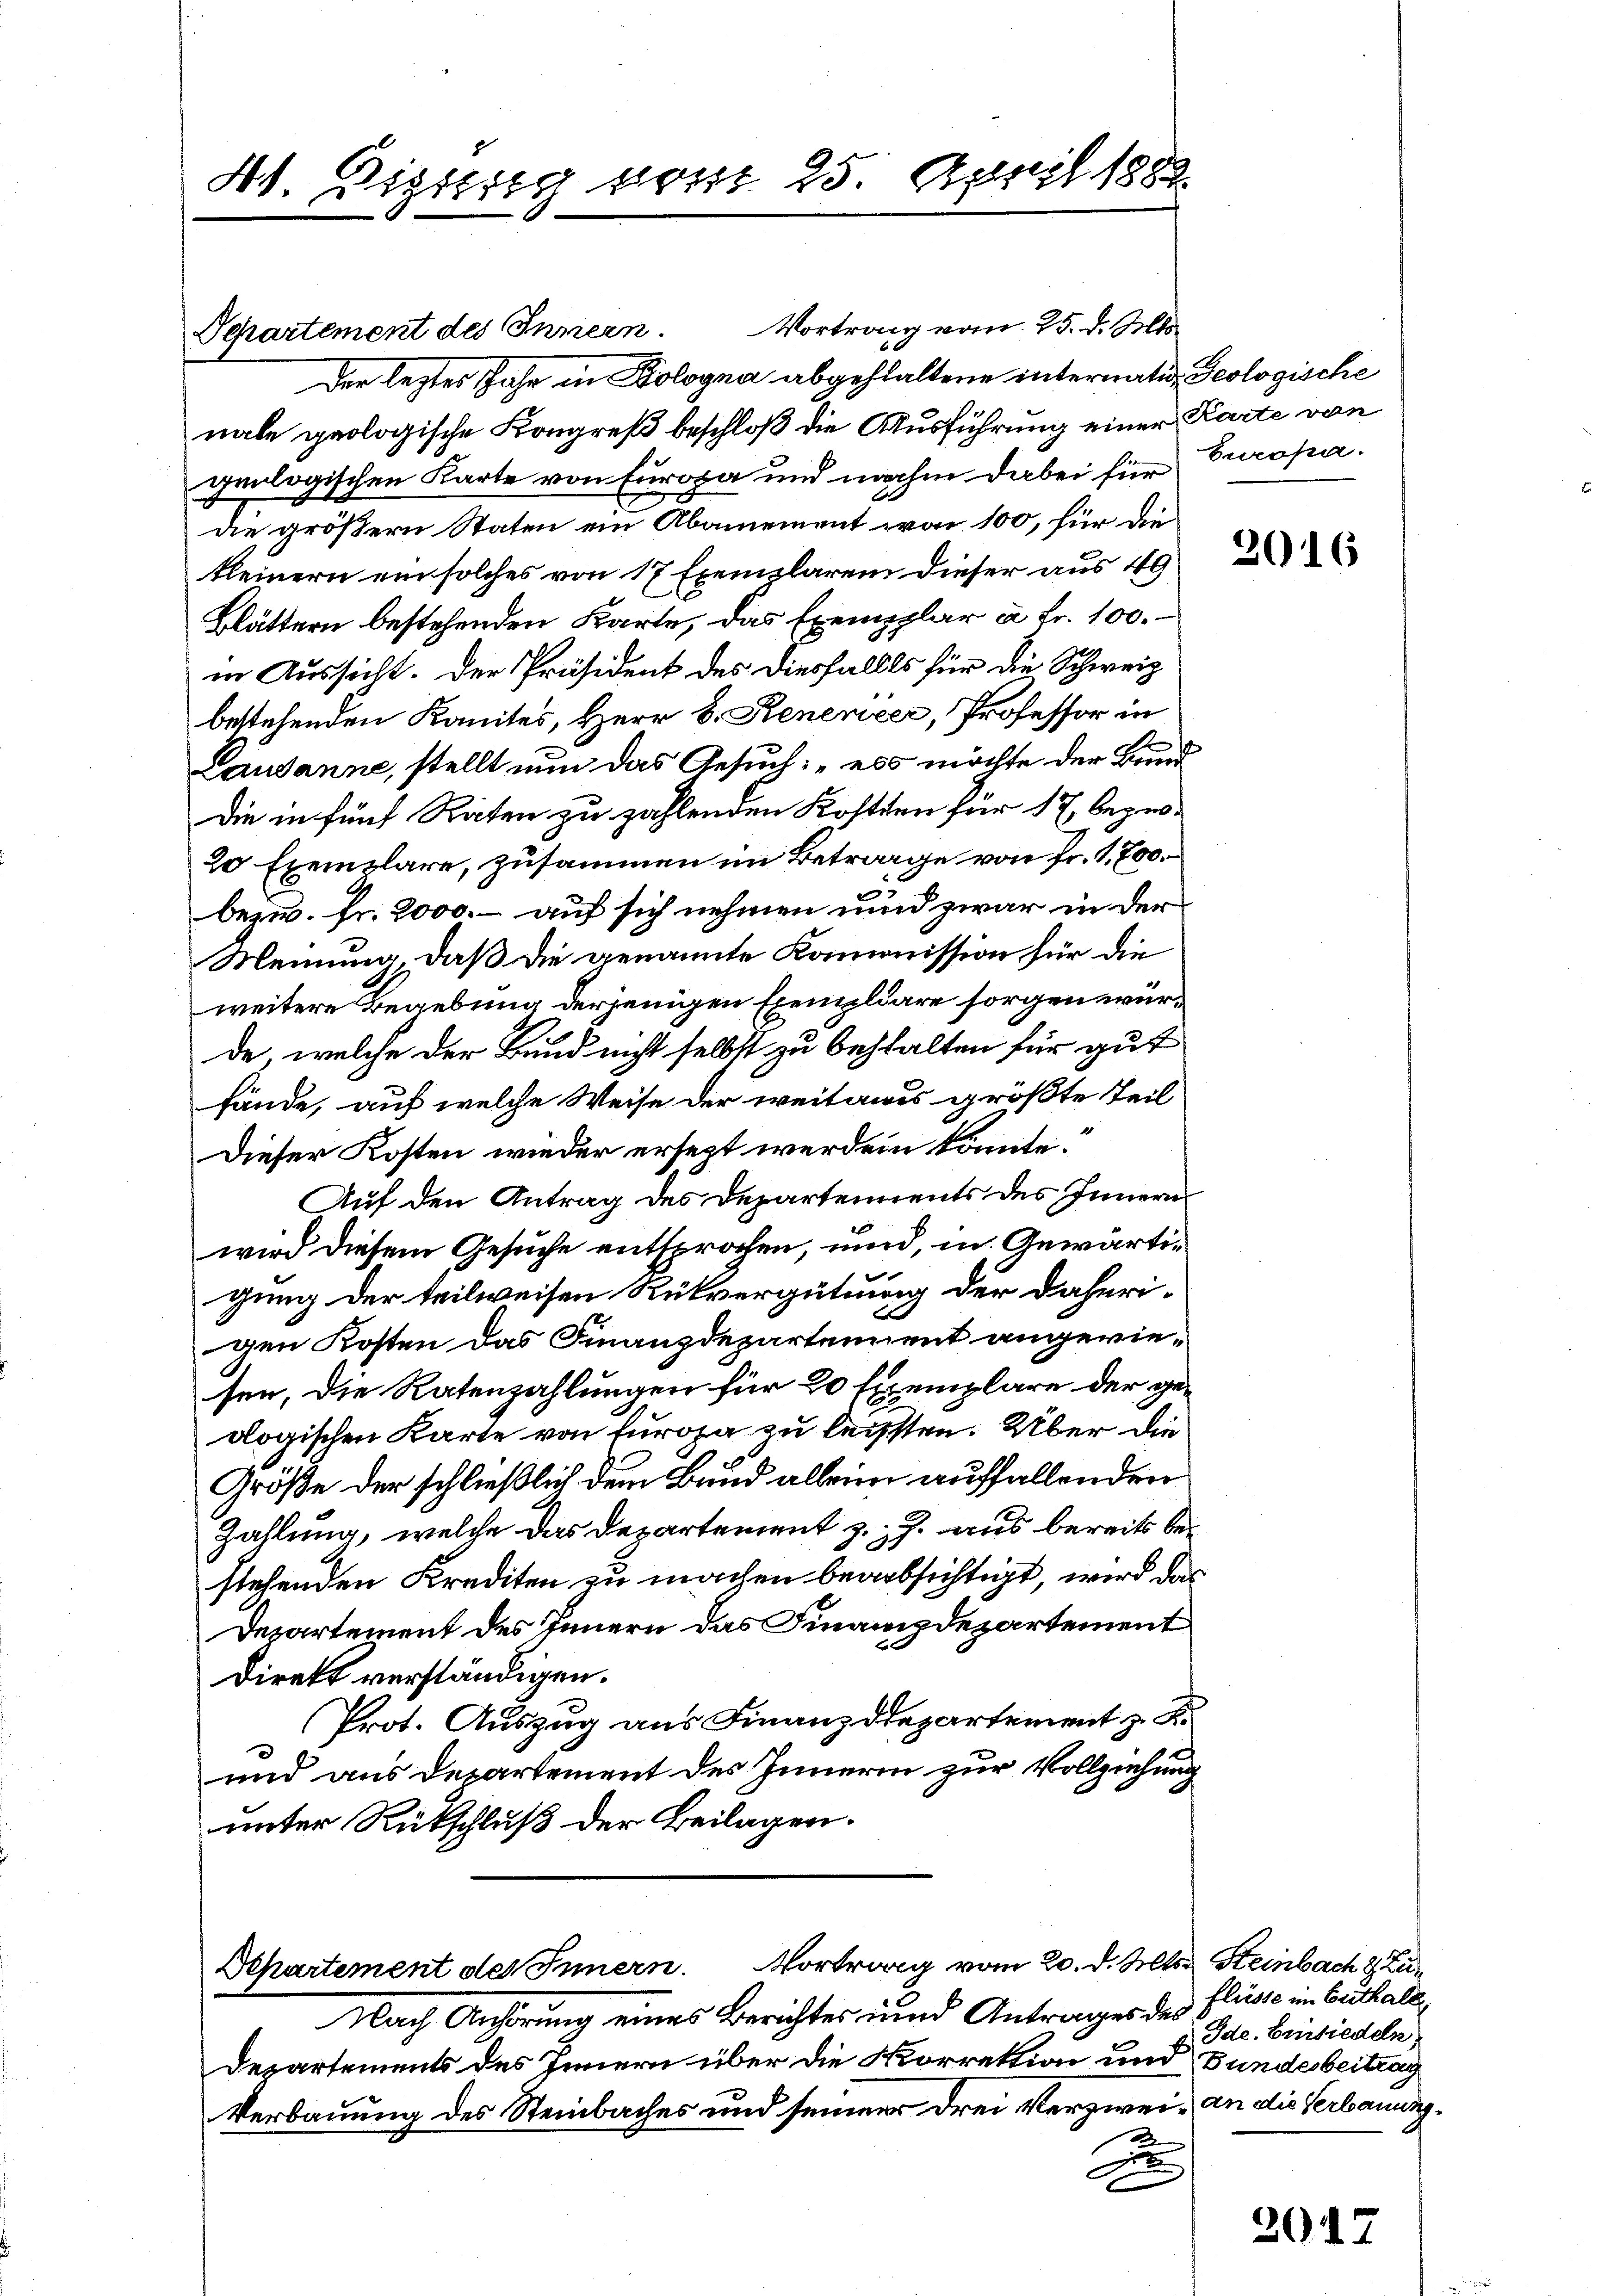
t. Diesig von 25. April 1882

Vortrag vom 25. d. Mts.
Der leztes Jahr in Kologna abgehaltene internation, Geologische
nale geologische Kongreß beschloß die Ausführung einer Karte von
geologischen Karte von Europa und nahm dabei für Europa
die größern Staten ein Abamement vor 100, für die
kleinern ein solches von 17 Exemplaren dieser aus 49
Blättern bestehenden Karte, das Exemplar à Fr. 100.
in Aussicht. Der Präsident des diesfalles für die Schweiz
bestehenden Komites, Herr D. Renenzer, Professor in
Lausanne, stellt nun das Gesuch: „es möchte der Bund
die in fünf Raten zu zahlenden Kosten für 17, bege¬
20 Exemplare, zusammen im Betrage von fr. 1,800.
bezw. fr. 2000. – auf sich nehmen und zwar in der
Meinung, daß die genannte Kommission für die
weitere Begebung derjenigen Exemplare sorgen würde, welche der Bund nicht selbst zu behalten für gut
fände, auf welche Weise der weitaus größte Teil
Dieser Kosten wieder ersezt werden könnte.
Auf den Antrag des Departements des Innern
wird diesem Gesuche entsprochen, und, in Gewärtigung der teilweisen Rükvergütung der daherigen Kosten das Finanzdepartement angewiesen, die Ratenzahlungen für 20 Exemplare der geologischen Karte von Europa zu leissten. Über die
Größe der schließlich dem Bund alleine auffallenden
Zahlung, welche das Departement z. J. aus bereits bestehenden Krediten zu machen beabsichtigt, wird das
Departement des Innern das Finanzdepartement
Direkt verständigen.
Prot. Auszug aus Finanzdepartement z. K.
und aus Departement des Innern zur Vollziehung
unter Rückschluß der Beilagen.

Departement des Innern

Departement des Innern. Vortrag vom 20. d. Mts. Steinbach & Zu¬
Nach Anhörung eines Berichtes und Antrages des Flüsse in Guthale

Departements des Innern über die Korrektion und Bundesbeitrag
Verbauung des Steinbaches und seiner drei Verzwei - an die Verbauung¬
2
d

2016

Ide. Einsiedeln.

201